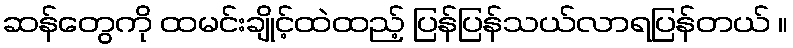
ဆန်တွေကို ထမင်းချိုင့်ထဲထည့် ပြန်ပြန်သယ်လာရပြန်တယ် ။